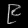
Digit: ၉